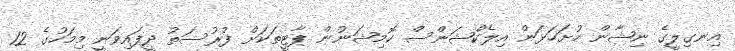
އިނގިލީގެ ނިޝާން ހުށަހަޅަން އިލެކްޝަންސް ކޮމިޝަނުން ޕާޓީތަކަށް ފުރުސަތު ދީފައިވަނީ މިމަހުގެ 12